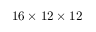
1 6 \times 1 2 \times 1 2